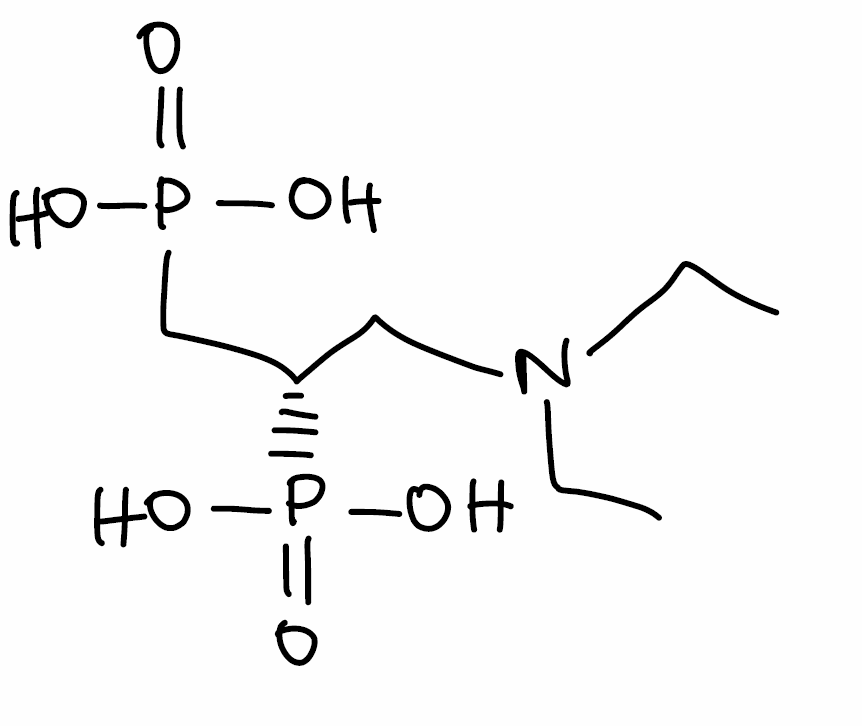
Simplified molecular-input line-entry system (SMILES) notation of the given molecule:
CCN(CC)C[C@@H](CP(=O)(O)O)P(=O)(O)O